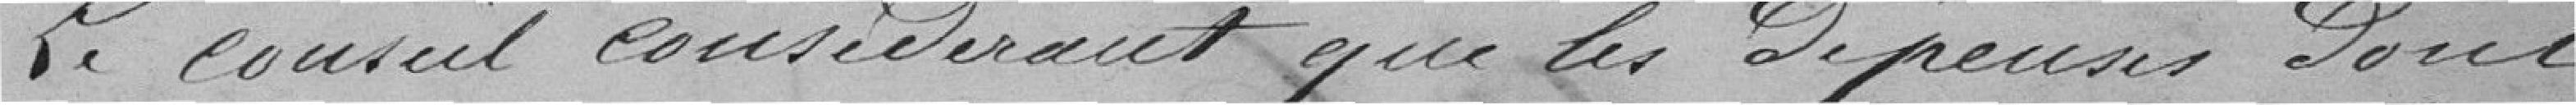
Le conseil considérant que les dépenses sont